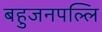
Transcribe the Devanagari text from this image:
बहुजनपल्लि